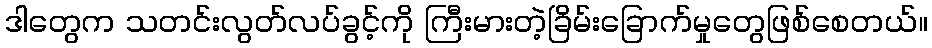
ဒါတွေက သတင်းလွတ်လပ်ခွင့်ကို ကြီးမားတဲ့ခြိမ်းခြောက်မှုတွေဖြစ်စေတယ်။